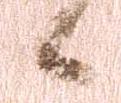
候